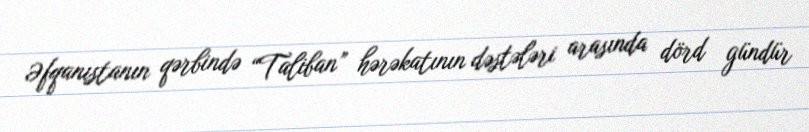
Əfqanıstanın qərbində “Taliban” hərəkatının dəstələri arasında dörd gündür